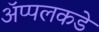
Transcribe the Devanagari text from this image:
ॲप्पलकडे